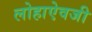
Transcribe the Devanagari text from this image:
लोहाऐवजी